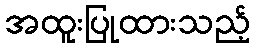
အထူးပြုထားသည့်